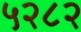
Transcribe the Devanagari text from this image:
५२८२